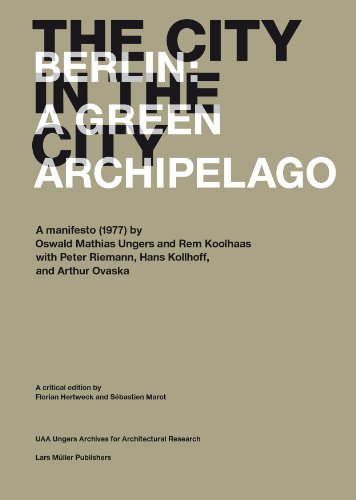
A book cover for The City in the City: Berlin: A Green Archipelago; Politics & Social Sciences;